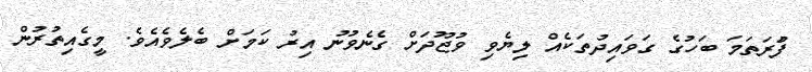
ފުަރަތަމަ ބަހުގެ ގަވައިދުތަކެއް ލިޔެވި ވުޖޫދަށް ގެނެވުނު އިރު ކަމަށް ބެލެވެއެވެ. މީގެއިތުރުން